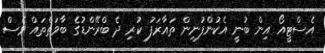
އެސްޓީއޯ އިން ބުނީ އެކުންފުނިން ތައާރަފު ކުރި ދެ ބްރޭންޑުގެ ބާވަތްތައް ވެސް